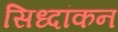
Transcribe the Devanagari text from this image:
सिध्दांकन